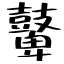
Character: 鼙